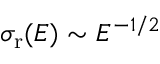
\sigma _ { \mathrm { r } } ( E ) \sim E ^ { - 1 / 2 }